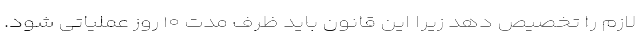
لازم را تخصیص دهد زیرا این قانون باید ظرف مدت ۱۰ روز عملیاتی شود.